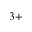
3 +